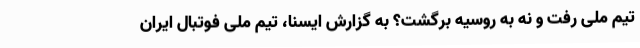
تیم ملی رفت و نه به روسیه برگشت؟ به گزارش ایسنا، تیم ملی فوتبال ایران